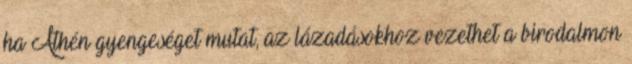
ha Athén gyengeséget mutat, az lázadásokhoz vezethet a birodalmon